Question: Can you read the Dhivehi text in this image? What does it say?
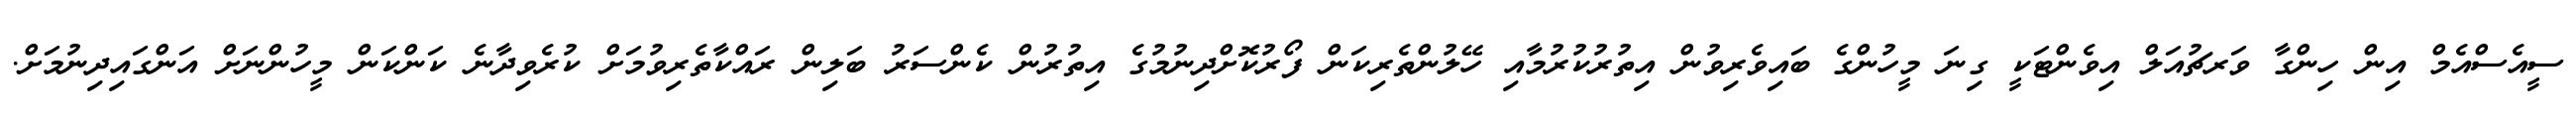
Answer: ސީއެސްއެމް އިން ހިންގާ ވަރޗުއަލް އިވެންޓަކީ ގިނަ މީހުންގެ ބައިވެރިވުން އިތުރުކުރުމާއި ހޭލުންތެރިކަން ފޯރުކޮށްދިނުމުގެ އިތުރުން ކެންސަރު ބަލިން ރައްކާތެރިވުމަށް ކުރެވިދާނެ ކަންކަން މީހުންނަށް އަންގައިދިނުމަށް.